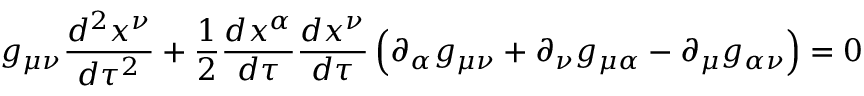
g _ { \mu \nu } { \frac { d ^ { 2 } x ^ { \nu } } { d \tau ^ { 2 } } } + { \frac { 1 } { 2 } } { \frac { d x ^ { \alpha } } { d \tau } } { \frac { d x ^ { \nu } } { d \tau } } \left( \partial _ { \alpha } g _ { \mu \nu } + \partial _ { \nu } g _ { \mu \alpha } - \partial _ { \mu } g _ { \alpha \nu } \right) = 0